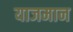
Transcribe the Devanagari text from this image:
याजमान